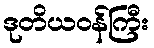
ဒုတိယဝန်ကြီး